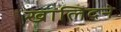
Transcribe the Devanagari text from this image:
खालिदने